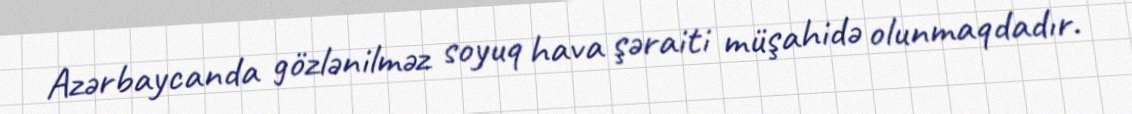
Azərbaycanda gözlənilməz soyuq hava şəraiti müşahidə olunmaqdadır.